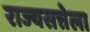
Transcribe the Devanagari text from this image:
राज्यसत्तेला